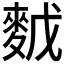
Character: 𪌙